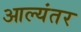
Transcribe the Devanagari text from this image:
आल्यंतर